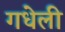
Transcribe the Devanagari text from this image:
गधेली